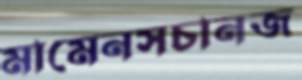
মামেনসচানজ